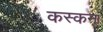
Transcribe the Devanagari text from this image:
कस्कना